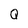
Character: Q